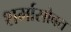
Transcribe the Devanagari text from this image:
शर्मासोबत